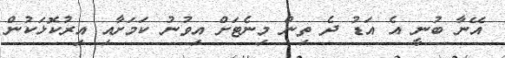
އޭނާ ބުނީ އެ އަޑު ދެ ތިން މިނެޓަށް އިވުނު ކަމަށާއި އިރުކޮޅަކުން